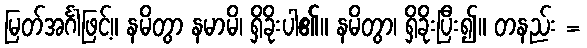
မြတ်အင်္ဂါဖြင့်။ နမိတွာ နမာမိ၊ ရှိခိုးပါ၏။ နမိတွာ၊ ရှိခိုးပြီး၍။ တနည်း =